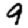
Digit: 9